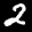
Label: 2